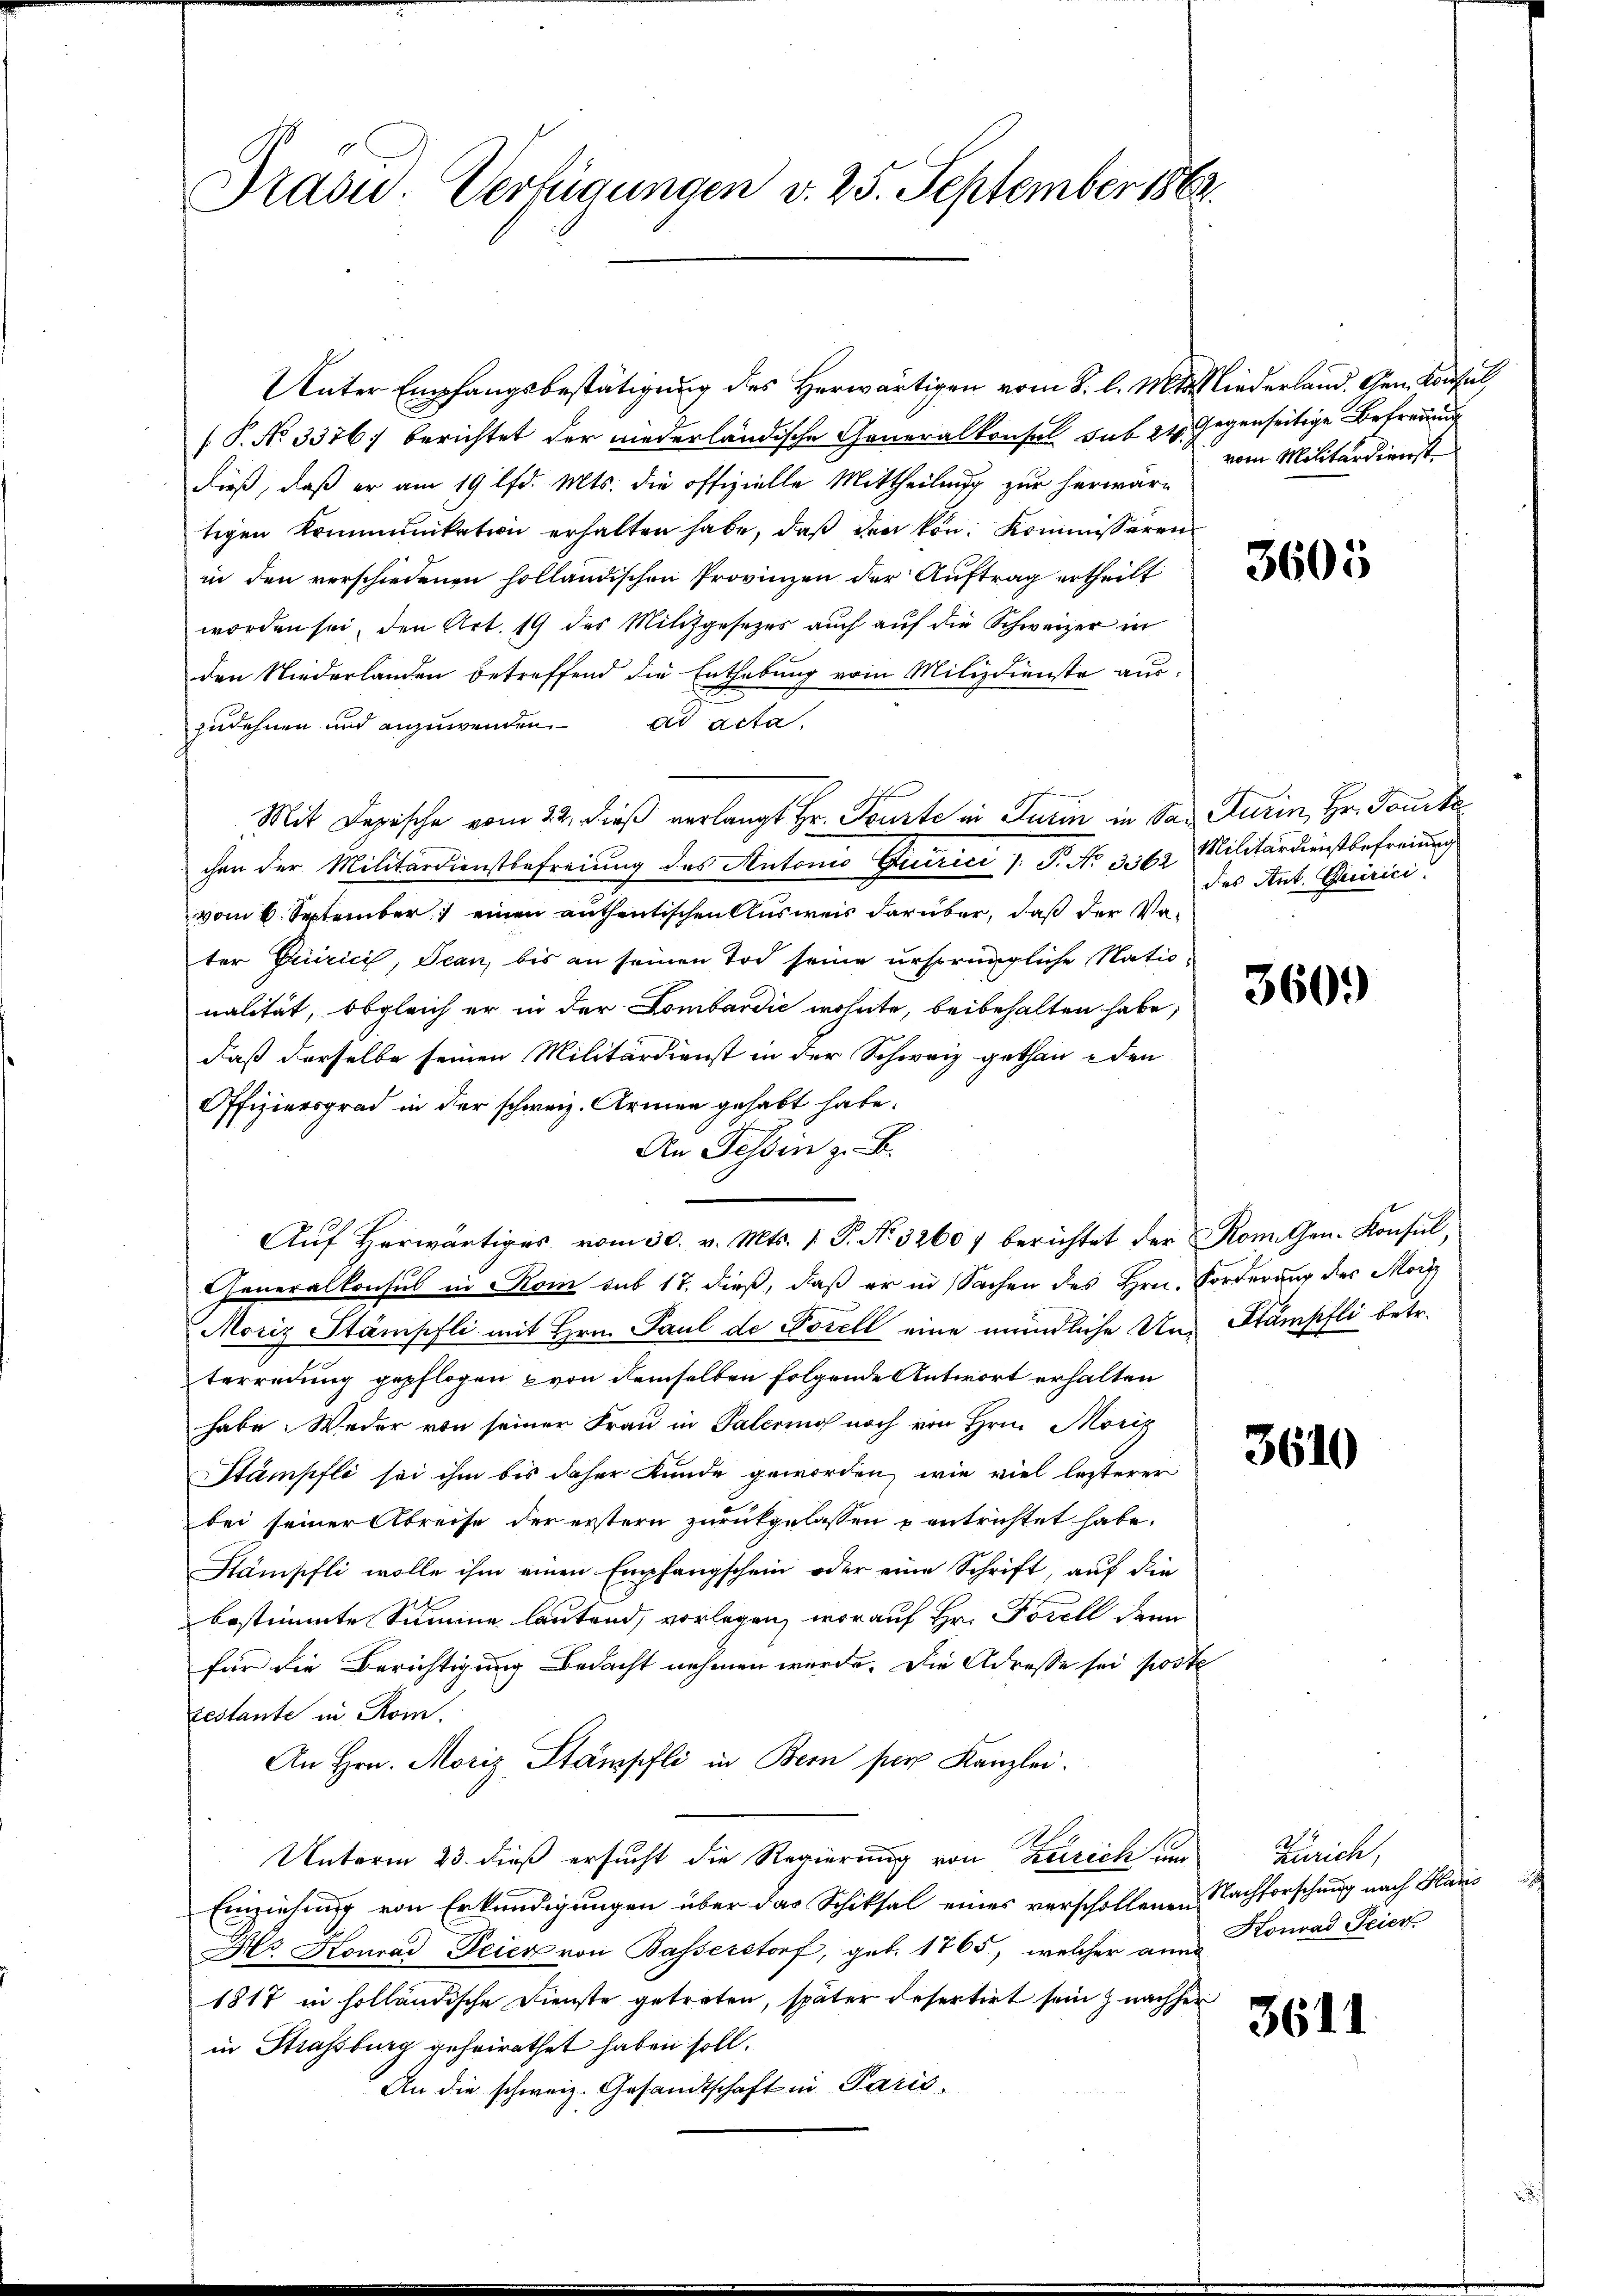
Drasu. Verfügungen v. 25. September 1862.

Unter Empfangsbestätigung des Herwärtigen vom 2. l. M. Niederland. Gen. Konsul
[P. No 3376. berichtet der niederländische Generalkonsul sub 24. J
dieß, daß er am 19 lfd. Mts. die offizielle Mittheilung zur herwärtigen Kommunikation erhalten habe, daß den kön. Kommissaren
in den verschiedenen holländischen Provinzen der Auftrag ertheilt
worden sei, den Art. 19 des Milizgesezes auch auf die Schweizer in
den Niederlanden betreffend die Enthebung vom Milizdienste auszudehnen und anzuwenden acta
Mit Dapische vom 22. dieß verlangt Hr. Tourte in Turin in San Turin, Hr. Jaucke
chen der Militärdienstbefreiung des Antonio Greirici J. P. No. 362 Militärdienstbefreiung
vom 6. September 1 einen anthentischen Ausweis darüber, daß der Voter Quirici, Jean, bis an seinen Tod seine ursprüngliche Nationalität, obgleich er in der Lombardić wohnte, beibehalten habe,
daß derselbe seinen Militärdienst in der Schweiz gethan iden
Offiziersgrad in der schweiz. Armen gehabt habe.
An Tessin z. B.
Aŭf herwärtiges vom 30. v. Mts. 1 P. Nr. 32607 berichtet der Rom. Gen. Konsul,
Generalkonsul in Rom sub 17. dieß, daß er in Sachen des Hrn. Forderung des Morde
Moriz Stämpfli mit Hrn. Paul de Vorell eine mündliche Un-Stampfli betr.
terredung gepflogen von demselben folgende Antwort erhalten
habe. Weder von seiner Frau in Palerino noch von Hrn. Moriz
Stämpfli sei ihm bis daher Kunde geworden, wie viel lezterer
bei seiner Abreise der erstern zurückgelassen entrichtet habe.
Stämpfli wolle ihm einen Empfangschein oder eine Schrift, auf die
bestimmte Summe lautend, vorlegen, worauf Hr. Forell denn
für die Berichtigung Bedacht nehmen werde. Die Adresse sei poste
testante in Rom.
An Hrn. Moriz Stämpfli in Bern für Kanzlei.
Unterm 23. dieß ersucht die Regierung von Zürich um
Einziehung von Erkundigungen über das Schiksal eines verschollenen
Hr. Konrad Feier von Basserstorf, geb. 1765, welcher ann
1817 in holländische Dienste getreten, später desertirt sein nachher
in Strassburg geheirathet haben soll.
An die schweiz. Gesandtschaft in Paris,

Gegenseitige Befreiung
vom Militärdienst

3605

des Ant. Quirici

360.

3610

Zürich,
Nachforschung nach Haus
Konrad Feier

3611